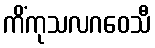
ကိံကုသလဂဝေသီ